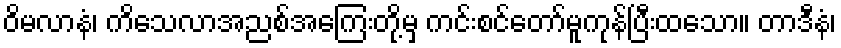
ဝိမလာနံ၊ ကိသေလာအညစ်အကြေးတို့မှ ကင်းစင်တော်မူကုန်ပြီးထသော။ တာဒီနံ၊